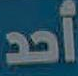
أحد